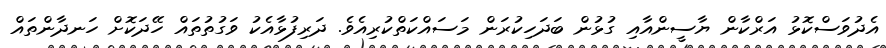
އެދުވަސްކޮޅު އަރްކާން ޔާސީންއާއި ގުޅުން ބަދަހިކުރަން މަސައްކަތްކުރިއެވެ. ދަރިފުޅާއެކު ވަގުތުތައް ހޭދަކޮށް ހަނދާންތައް